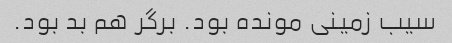
سیب زمینی مونده بود. برگر هم بد بود.